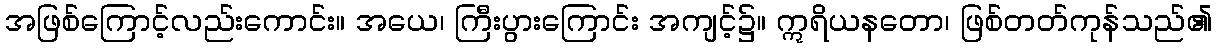
အဖြစ်ကြောင့်လည်းကောင်း။ အယေ၊ ကြီးပွားကြောင်း အကျင့်၌။ ဣရိယနတော၊ ဖြစ်တတ်ကုန်သည်၏